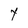
Character: y